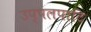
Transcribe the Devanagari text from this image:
उप्पलपाटि